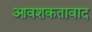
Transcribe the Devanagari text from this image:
आवशकतावाद